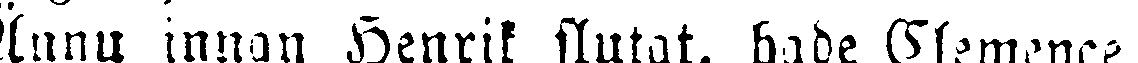
Ännu innan Henrik slutat, hade Clemence